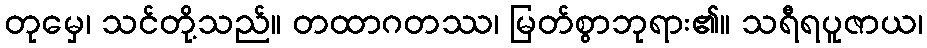
တုမှေ၊ သင်တို့သည်။ တထာဂတဿ၊ မြတ်စွာဘုရား၏။ သရီရပူဇာယ၊